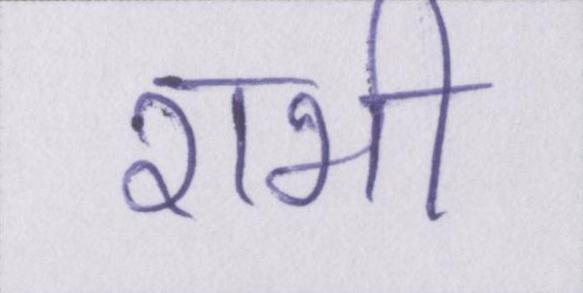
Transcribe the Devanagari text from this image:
राभी